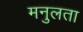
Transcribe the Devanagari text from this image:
मनुलता